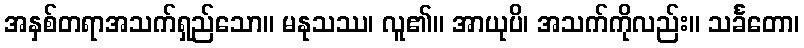
အနှစ်တရာအသက်ရှည်သော။ မနုသဿ၊ လူ၏။ အာယုပိ၊ အသက်ကိုလည်း။ သင်္ခတော၊